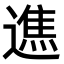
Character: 𨖵